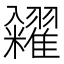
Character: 糴